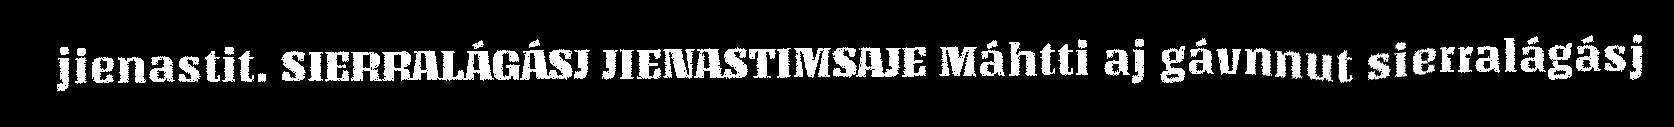
jienastit. SIERRALÁGÁSJ JIENASTIMSAJE Máhtti aj gávnnut sierralágásj